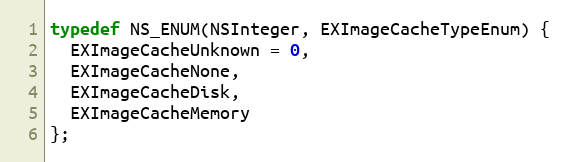
Language: C
typedef NS_ENUM(NSInteger, EXImageCacheTypeEnum) {
  EXImageCacheUnknown = 0,
  EXImageCacheNone,
  EXImageCacheDisk,
  EXImageCacheMemory
};